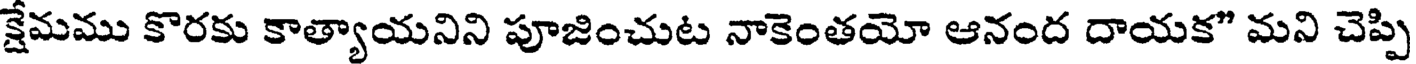
క్షేమము కొరకు కాత్యాయనిని పూజించుట నాకెంతయో ఆనంద దాయక" మని చెప్పి